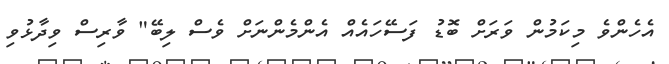
އެހެންވެ މިކަމުން ވަރަށް ބޮޑު ފަސޭހައެއް އެންމެންނަށް ވެސް ލިބޭ" ވާރިސް ވިދާޅުވި